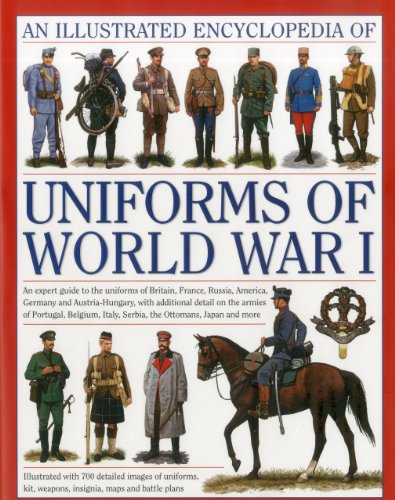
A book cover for The Illustrated Encyclopedia of Uniforms of World War I: An expert guide to the uniforms of Britain, France, Russia, America, Germany and Austro-Hungary with over 450 colour illustrations; Jonathan North; History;